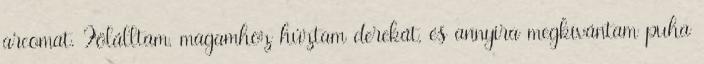
arcomat. Fölálltam, magamhoz húztam derekát, és annyira megkívántam puha